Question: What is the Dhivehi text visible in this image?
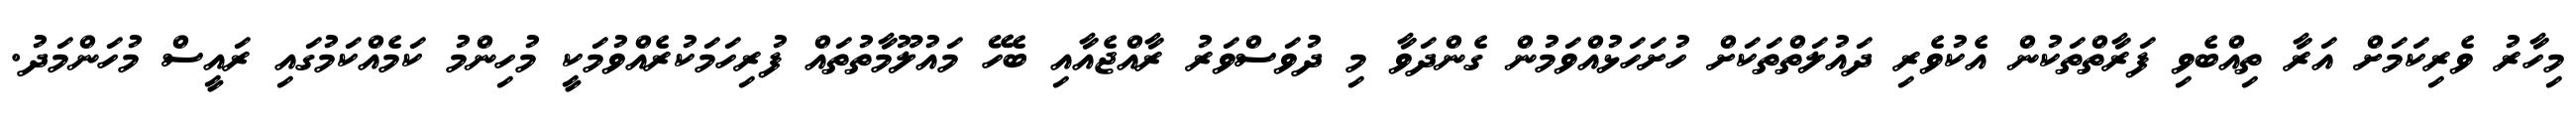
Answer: މިހާރު ވެރިކަމަށް އަރާ ތިއްބެވި ފަރާތްތަކުން އެކުވެރި ދައުލަތްތަކަށް ހުށަހަޅުއްވަމުން ގެންދަވާ މި ދުވަސްވަރު ރާއްޖެއާއި ބެހޭ މައުލޫމާތުތައް ފުރިހަމަކުރެއްވުމަކީ މުހިންމު ކަމެއްކަމުގައި ރައީސް މުހަންމަދު.